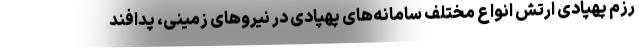
رزم پهپادی ارتش انواع مختلف سامانه‌های پهپادی در نیروهای زمینی، پدافند